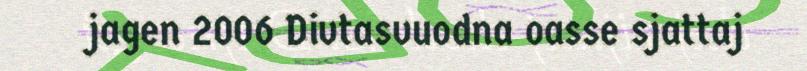
jagen 2006 Divtasvuodna oasse sjattaj